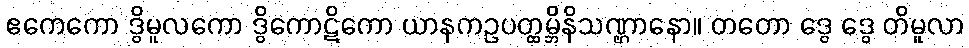
ဧကေကော ဒွိမူလကော ဒွိကောဋိကော ယာနကဥပတ္ထမ္ဘိနိသဏ္ဌာနော။ တတော ဒွေ ဒွေ တိမူလာ